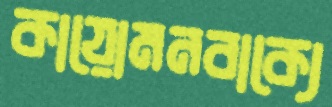
কায়োমনবাক্যে